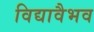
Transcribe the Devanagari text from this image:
विद्यावैभव